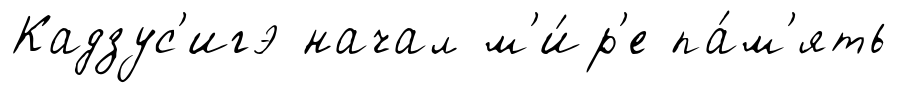
Кадзус'игэ начал м'и́р'е па́м'ять